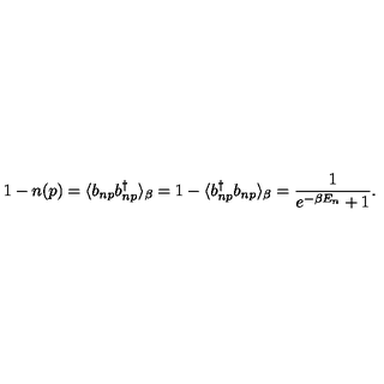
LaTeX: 1 - n ( p ) = \langle b _ { n p } b _ { n p } ^ { \dag } \rangle _ { \beta } = 1 - \langle b _ { n p } ^ { \dag } b _ { n p } \rangle _ { \beta } = \frac { 1 } { e ^ { - \beta E _ { n } } + 1 } .